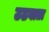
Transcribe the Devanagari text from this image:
उठवाता